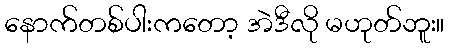
နောက်တစ်ပါးကတော့ အဲဒီလို မဟုတ်ဘူး။